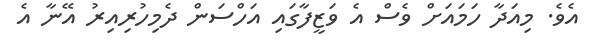
އެވެ. މިއަދާ ހަމައަށް ވެސް އެ ވަޒީފާގައި އަހްސަން ދެމިހުރިއިރު އޭނާ އެ